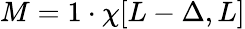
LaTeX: \begin{array}{r}{M=1\cdot\chi[L-\Delta,L]}\end{array}